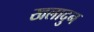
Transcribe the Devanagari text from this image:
खलादुन